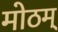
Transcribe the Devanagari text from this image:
मोठम्‌